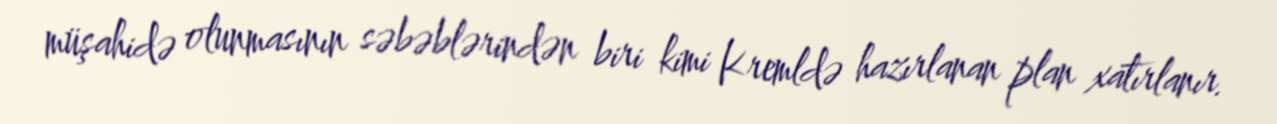
müşahidə olunmasının səbəblərindən biri kimi Kremldə hazırlanan plan xatırlanır.